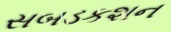
સબડકશન